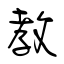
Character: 教